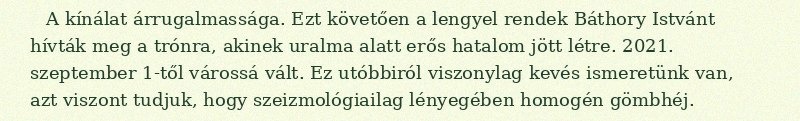
A kínálat árrugalmassága. Ezt követően a lengyel rendek Báthory Istvánt hívták meg a trónra, akinek uralma alatt erős hatalom jött létre. 2021. szeptember 1-től várossá vált. Ez utóbbiról viszonylag kevés ismeretünk van, azt viszont tudjuk, hogy szeizmológiailag lényegében homogén gömbhéj.